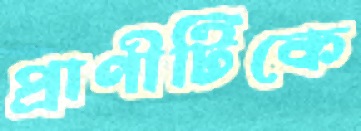
প্রাণীটিকে